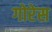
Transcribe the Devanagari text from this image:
गोरेस